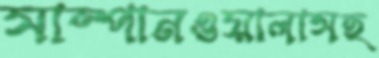
সাম্পানওয়ালাসহ